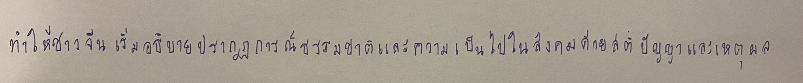
ทำให้ชาวจีนเริ่มอธิบายปรากฏการณ์ธรรมชาติและความเป็นไปในสังคมด้วยสติปัญญาและเหตุผล